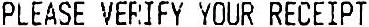
PLEASE VERIFY YOUR RECEIPT